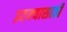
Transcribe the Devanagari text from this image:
इतक्यासाठी